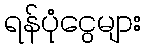
ရန်ပုံငွေများ